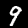
Label: 9